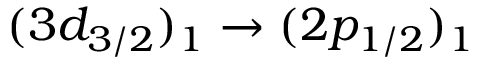
( 3 d _ { 3 / 2 } ) _ { 1 } \rightarrow ( 2 p _ { 1 / 2 } ) _ { 1 }